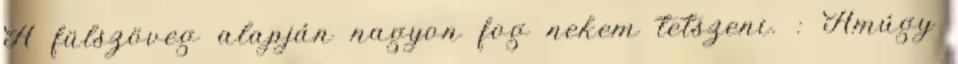
A fülszöveg alapján nagyon fog nekem tetszeni. : Amúgy